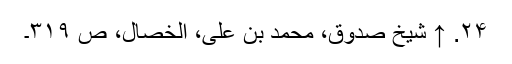
۲۴. ↑ شیخ صدوق، محمد بن علی، الخصال، ص ۳۱۹۔